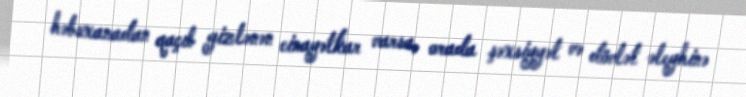
həbsxanadan qaçıb gizlənən cinayətkar varsa, orada şəxsiyyət və dövlət əleyhinə